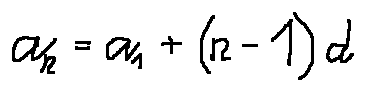
a _ { n } = a _ { 1 } + ( n - 1 ) d